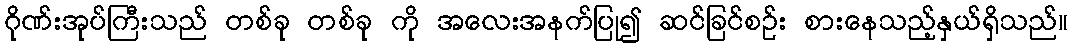
ဂိုဏ်းအုပ်ကြီးသည် တစ်ခု တစ်ခု ကို အလေးအနက်ပြု၍ ဆင်ခြင်စဉ်း စားနေသည့်နှယ်ရှိသည်။